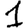
Digit: 1